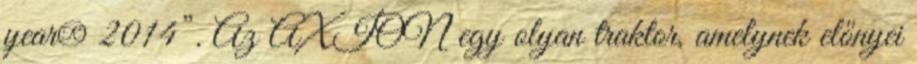
year® 2014”. Az AXION egy olyan traktor, amelynek előnyei